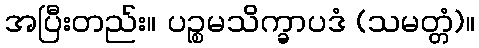
အပြီးတည်း။ ပဉ္စမသိက္ခာပဒံ (သမတ္တံ)။